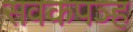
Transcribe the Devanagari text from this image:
सवकपञ्ह